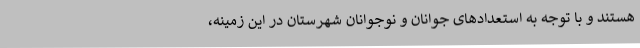
هستند و با توجه به استعدادهای جوانان و نوجوانان شهرستان در این زمینه،